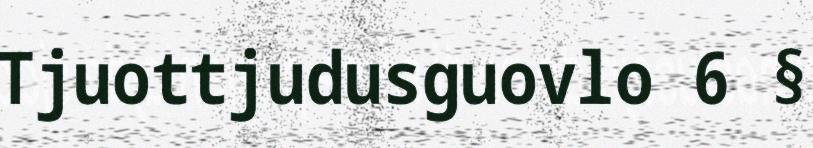
Tjuottjudusguovlo 6 §